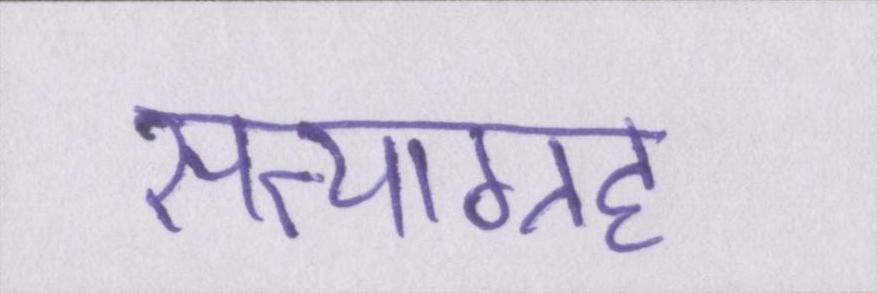
सत्याग्रह